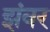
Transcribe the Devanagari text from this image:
झंवर